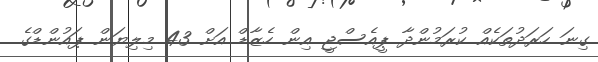
ގިނަ ހަރަދުތަކެއް ކުރަމުންދާ ޕީއެސްޖީ އިން ހެޒާޑް އަށް 43 މިލިޔަން ޕައުންޑްގެ